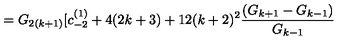
= G _ { 2 ( k + 1 ) } [ c _ { - 2 } ^ { ( 1 ) } + 4 ( 2 k + 3 ) + 1 2 ( k + 2 ) ^ { 2 } \frac { ( G _ { k + 1 } - G _ { k - 1 } ) } { G _ { k - 1 } }